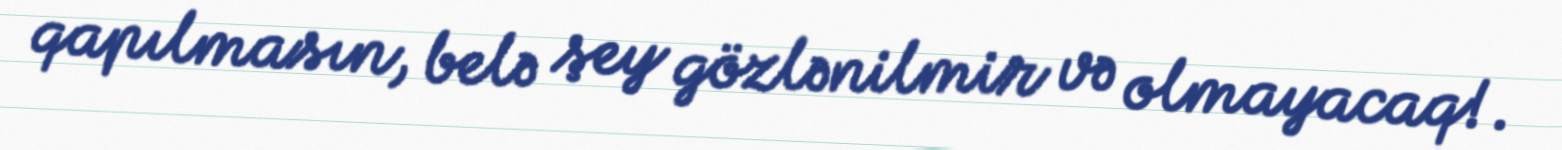
qapılmasın, belə şey gözlənilmir və olmayacaq!.